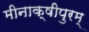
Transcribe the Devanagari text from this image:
मीनाक्षीपुरम्